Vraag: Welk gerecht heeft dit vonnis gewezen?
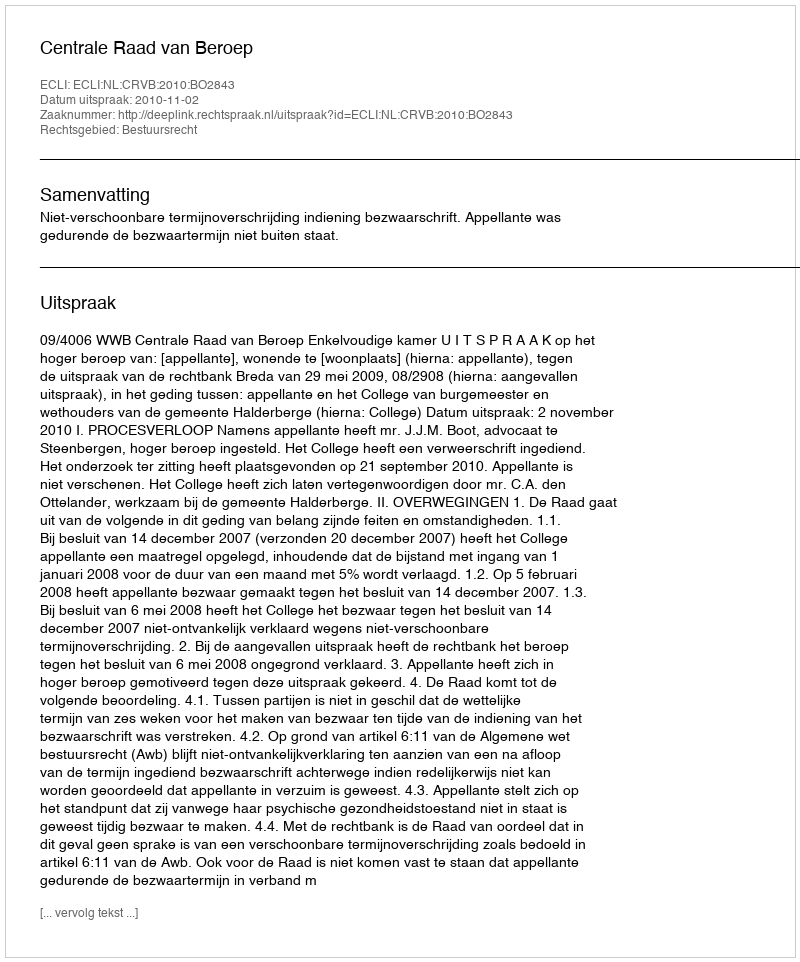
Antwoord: Centrale Raad van Beroep